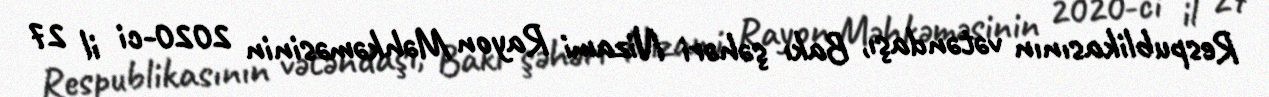
Respublikasının vətəndaşı, Bakı şəhəri Nizami Rayon Məhkəməsinin 2020-ci il 27